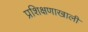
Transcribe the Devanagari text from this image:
प्रशिक्षणाखाली